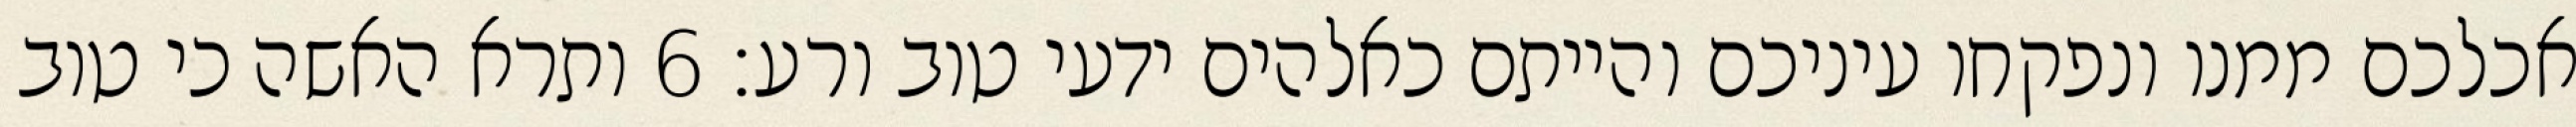
אכלכם ממנו ונפקחו עיניכם והייתם כאלהים ידעי טוב ורע׃ ‎6‏ ותרא האשה כי טוב